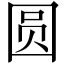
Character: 圆